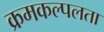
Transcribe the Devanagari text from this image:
क्रमकल्पलता